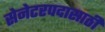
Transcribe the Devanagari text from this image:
सेनेटरपदासाठी